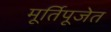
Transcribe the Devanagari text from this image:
मूर्तिपूजेत